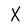
Character: X